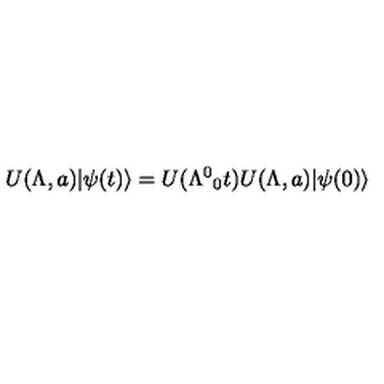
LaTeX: U ( \Lambda , a ) \vert \psi ( t ) \rangle = U ( \Lambda ^ { 0 } { } _ { 0 } t ) U ( \Lambda , a ) \vert \psi ( 0 ) \rangle